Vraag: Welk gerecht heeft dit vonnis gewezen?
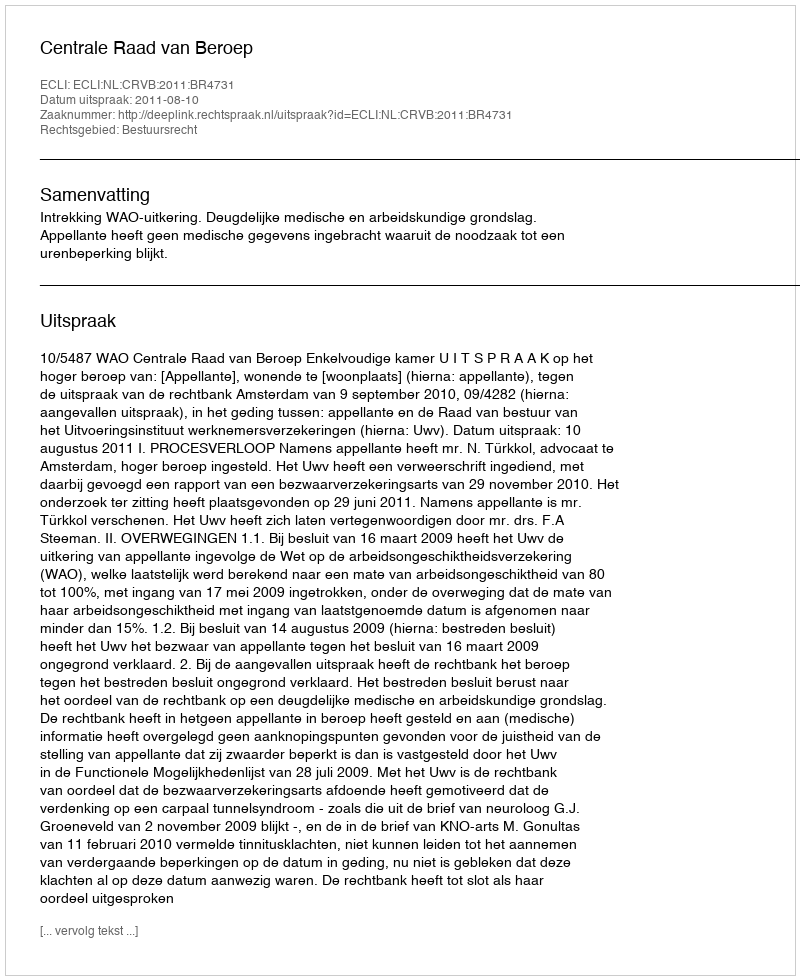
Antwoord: Centrale Raad van Beroep